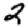
Digit: 2